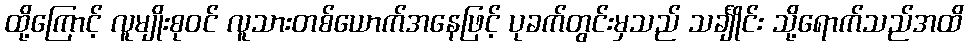
ထို့ကြောင့် လူမျိုးစုဝင် လူသားတစ်ယောက်အနေဖြင့် ပုခက်တွင်းမှသည် သင်္ချိုင်း သို့ရောက်သည်အထိ